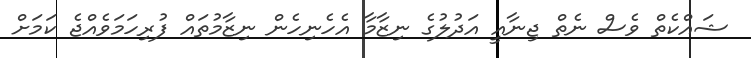
ޝައްކެތް ވެސް ނެތް ޖިނާއީ އަދުލުގެ ނިޒާމާ އެހެނިހެން ނިޒާމުތައް ފުރިހަމަވެއްޖެ ކަމަށް